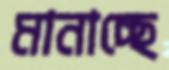
মানাচ্ছে